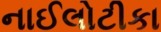
નાઈલોટીકા